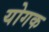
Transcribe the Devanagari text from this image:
योगक